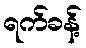
ရက်ခန့်